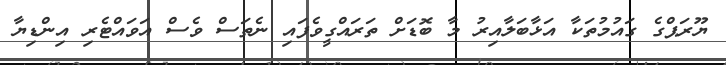
ޔޫރަޕްގެ ގައުމުތަކާ އަޅާބަލާއިރު މާ ބޮޑަށް ތަރައްގީވެފައި ނެތަސް ވެސް އަވައްޓެރި އިންޑިޔާ